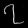
Digit: ၇